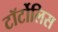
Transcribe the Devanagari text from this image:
टॉर्टोलिस